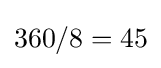
360/8=45